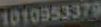
1010953379